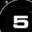
Digit: 5